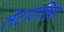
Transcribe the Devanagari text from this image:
लेटारालिस